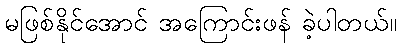
မဖြစ်နိုင်အောင် အကြောင်းဖန် ခဲ့ပါတယ်။